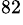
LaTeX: ^{82}